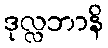
ဒုလ္လဘာနိ